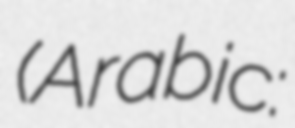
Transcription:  (Arabic: